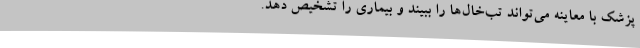
پزشک با معاینه می‌تواند تب‌خال‌ها را ببیند و بیماری را تشخیص دهد.